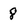
Character: 8